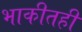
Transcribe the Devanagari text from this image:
भाकीतही